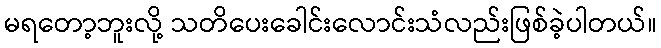
မရတော့ဘူးလို့ သတိပေးခေါင်းလောင်းသံလည်းဖြစ်ခဲ့ပါတယ်။